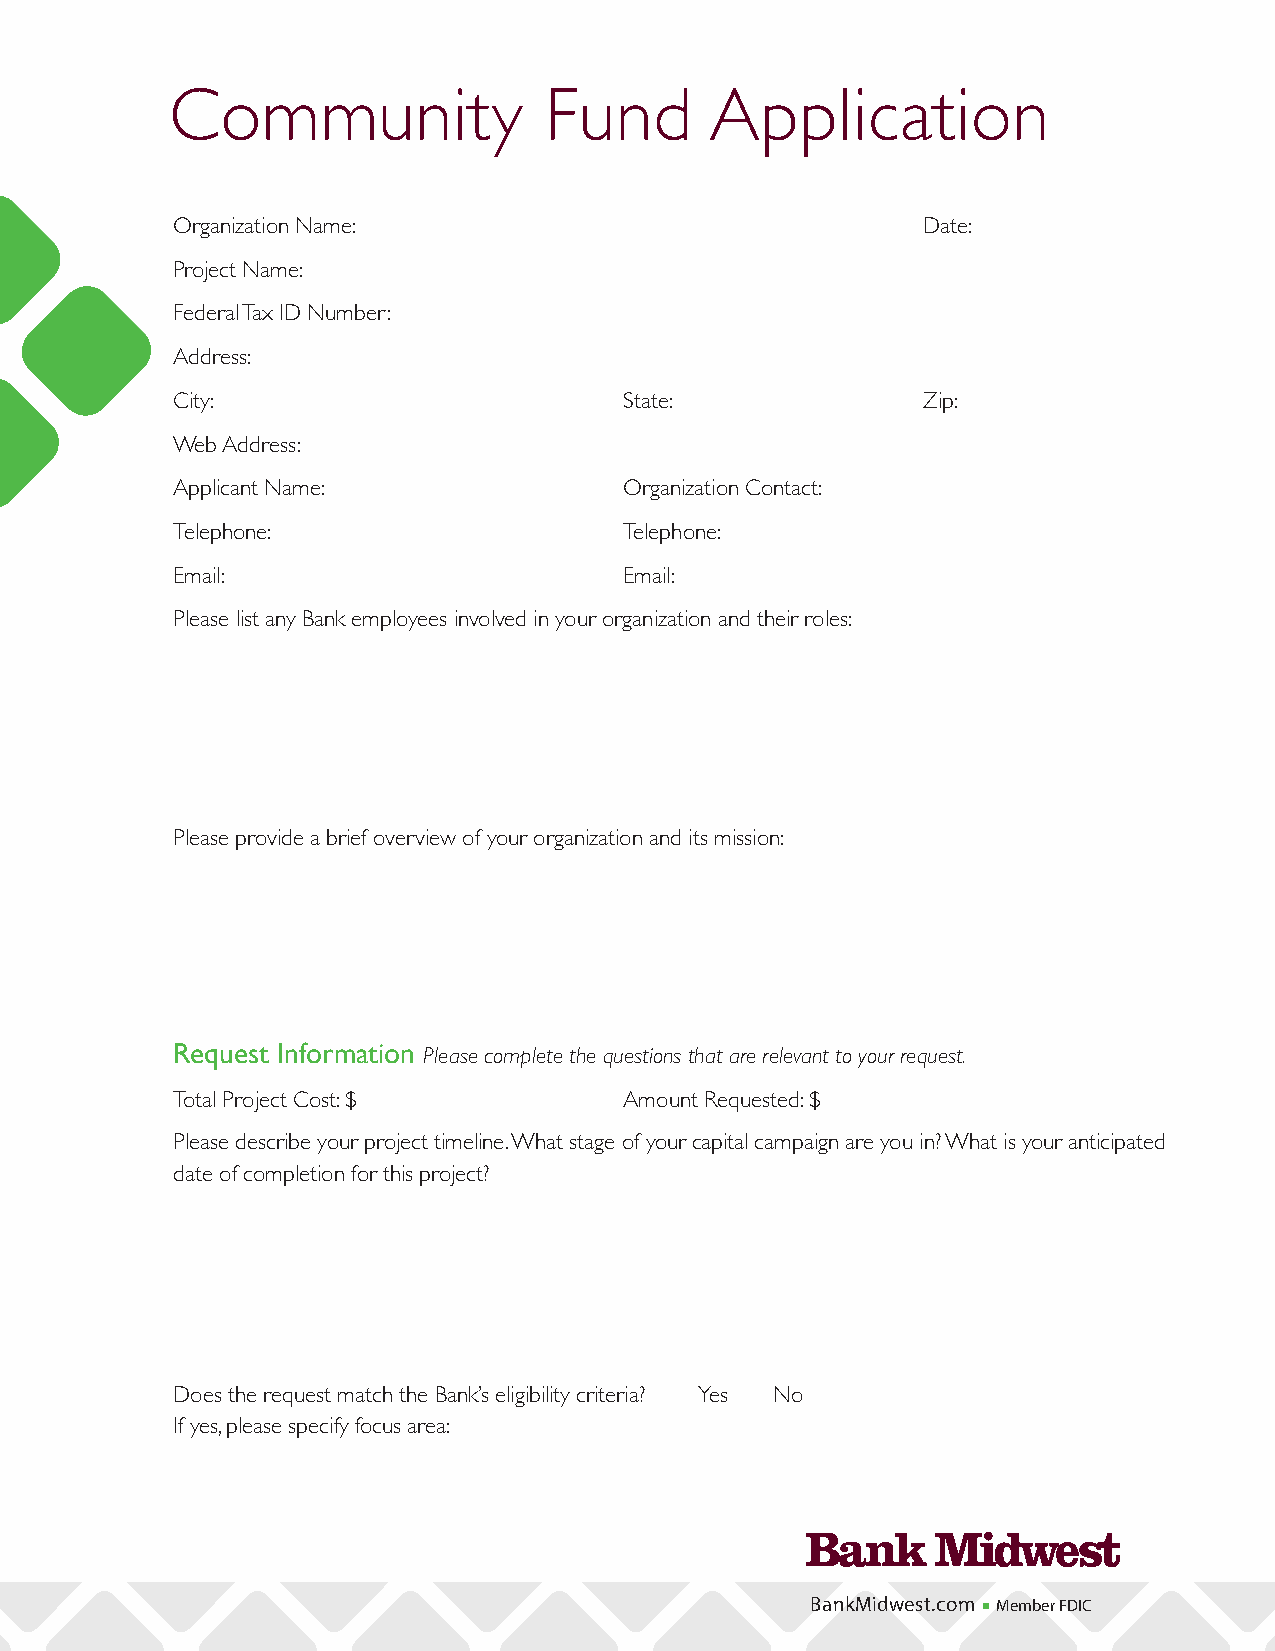
Community                Fund       Application
 Organization Name:                                Date:
 Project Name:
 Federal Tax ID Number:
 Address:
 City:                         State:              Zip:
 Web Address:
 Applicant Name:               Organization Contact:
 Telephone:                    Telephone:
 Email:                        Email:
 Please list any Bank employees involved in your organization and their roles:
 Please provide a brief overview of your organization and its mission:
 Request Information Please complete the questions that are relevant to your request.
 Total Project Cost: $         Amount Requested: $
 Please describe your project timeline. What stage of your capital campaign are you in? What is your anticipated
 date of completion for this project?
 Does the request match the Bank’s eligibility criteria? Yes No
 If yes, please specify focus area:
 BankMidwest.com n Member FDIC